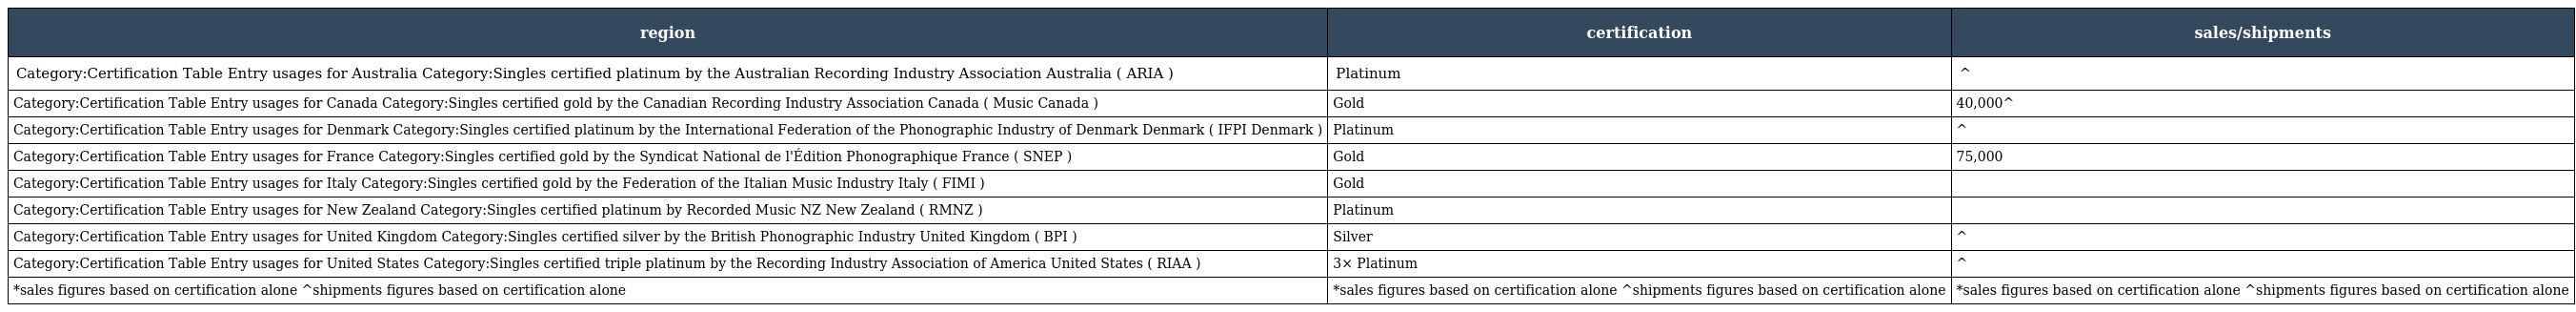
| region | certification | sales/shipments |
 | --- | --- | --- |
 | Category:Certification Table Entry usages for Australia Category:Singles certified platinum by the Australian Recording Industry Association Australia ( ARIA ) | Platinum | ^ |
 | Category:Certification Table Entry usages for Canada Category:Singles certified gold by the Canadian Recording Industry Association Canada ( Music Canada ) | Gold | 40,000^ |
 | Category:Certification Table Entry usages for Denmark Category:Singles certified platinum by the International Federation of the Phonographic Industry of Denmark Denmark ( IFPI Denmark ) | Platinum | ^ |
 | Category:Certification Table Entry usages for France Category:Singles certified gold by the Syndicat National de l'Édition Phonographique France ( SNEP ) | Gold | 75,000 |
 | Category:Certification Table Entry usages for Italy Category:Singles certified gold by the Federation of the Italian Music Industry Italy ( FIMI ) | Gold |  |
 | Category:Certification Table Entry usages for New Zealand Category:Singles certified platinum by Recorded Music NZ New Zealand ( RMNZ ) | Platinum |  |
 | Category:Certification Table Entry usages for United Kingdom Category:Singles certified silver by the British Phonographic Industry United Kingdom ( BPI ) | Silver | ^ |
 | Category:Certification Table Entry usages for United States Category:Singles certified triple platinum by the Recording Industry Association of America United States ( RIAA ) | 3× Platinum | ^ |
 | *sales figures based on certification alone ^shipments figures based on certification alone | *sales figures based on certification alone ^shipments figures based on certification alone | *sales figures based on certification alone ^shipments figures based on certification alone |